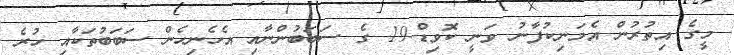
މީގެ އިތުރުން އެމަނިކުފާނު ވަނީ ކޮވިޑް-19 ގެ ސަބަބުންނާއި އެހެނިހެން ސަބަބުތަކާއި ހުރެ